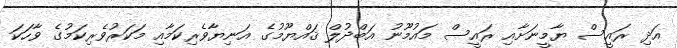
އަދި ރައީސް ޔާމީނަށާއި ރައީސް މައުމޫނު އަބްދުލް ޤައްޔޫމުގެ އަނިޔާވެރިކަމާއި މަކަރުވެރިކަމުގެ ވާހަކަ